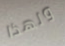
ولهذا